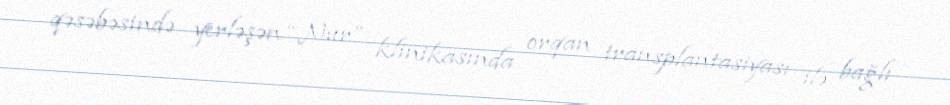
qəsəbəsində yerləşən “Nur” klinikasında orqan transplantasiyası ilə bağlı